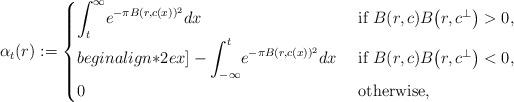
LaTeX: \begin{align*} \alpha_{t}({r}):=\begin{cases} \displaystyle{\int_{t}^\infty} e^{-\pi B({r},c(x))^2}dx & \mbox{ if }B({r},c)B\big({r},c^\perp\big)>0, \\begin{align*}2ex] -\displaystyle{\int_{-\infty}^{t}} e^{-\pi B({r},c(x))^2}dx & \mbox{ if }B({r},c)B\big({r},c^\perp \big)<0, \\ 0 & \mbox{ otherwise, } \end{cases} \end{align*}